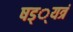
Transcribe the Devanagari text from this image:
षड््यत्रं